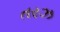
તરઝ